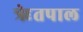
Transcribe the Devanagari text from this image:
ॠेतपाल